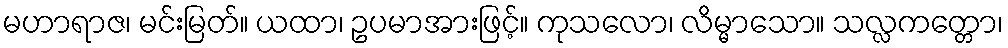
မဟာရာဇ၊ မင်းမြတ်။ ယထာ၊ ဥပမာအားဖြင့်။ ကုသလော၊ လိမ္မာသော။ သလ္လကတ္တော၊